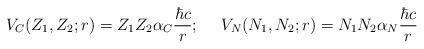
LaTeX: \begin{align*}V_C(Z_1,Z_2;r) = Z_1Z_2\alpha_C{\hbar c\over r}; \ \ \ \ V_N(N_1,N_2;r) = N_1N_2\alpha_N{\hbar c\over r}\end{align*}